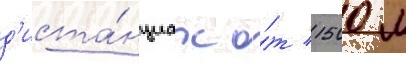
д'иста́нциах о́т 1500 м